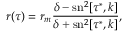
r ( \tau ) = r _ { m } \frac { \delta - \mathrm { s n } ^ { 2 } [ \tau ^ { * } , k ] } { \delta + \mathrm { s n } ^ { 2 } [ \tau ^ { * } , k ] } ,